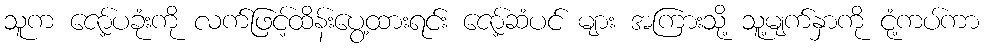
သူက ဇော့်ပခုံးကို လက်ဖြင့်ထိန်းပွေ့ထားရင်း ဇော့်ဆံပင် များ အကြားသို့ သူ့မျက်နှာကို ငုံ့ကပ်ကာ